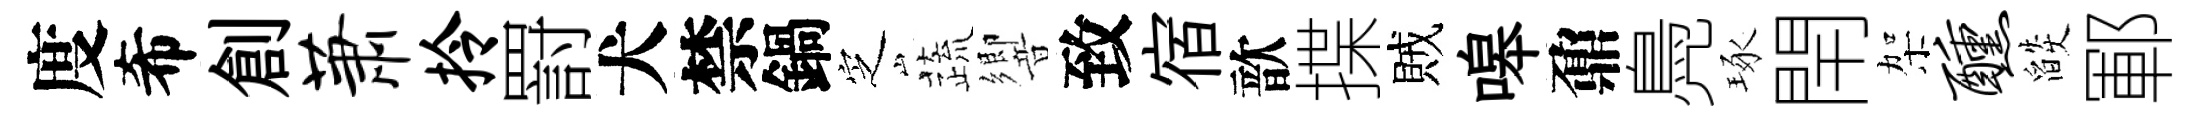
度希創萧拎罸犬禁鍋㝎蔬響致宿歆揲賊嗥鼐鳧琢閈架醺燄鄆